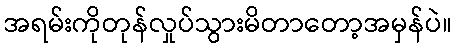
အရမ်းကိုတုန်လှုပ်သွားမိတာတော့အမှန်ပဲ။